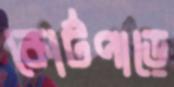
কোর্টপাড়ে